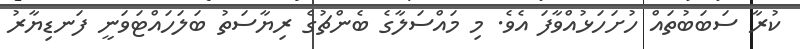
ކުރާ ސަބަބުތައް ހުށަހަޅުއްވާފަ އެވެ. މި މައްސަލާގެ ބެންޗުގެ ރިޔާސަތު ބަލަހައްޓަވަނީ ފަނޑިޔާރު